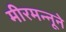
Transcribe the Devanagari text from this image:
मीरमन्नूने